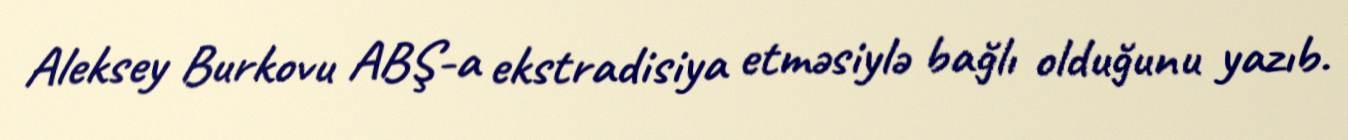
Aleksey Burkovu ABŞ-a ekstradisiya etməsiylə bağlı olduğunu yazıb.